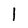
Character: 1